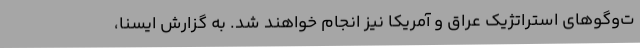
ت‌وگوهای استراتژیک عراق و آمریکا نیز انجام خواهند شد. به گزارش ایسنا،